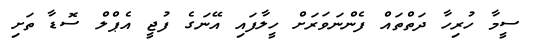
ސީމާ ހުރިހާ ދަތްތައް ފެންނަވަރަށް ހީލާފައި އޭނަގެ ފުޖީ އެޕްލް ސޮޑާ ތަށި